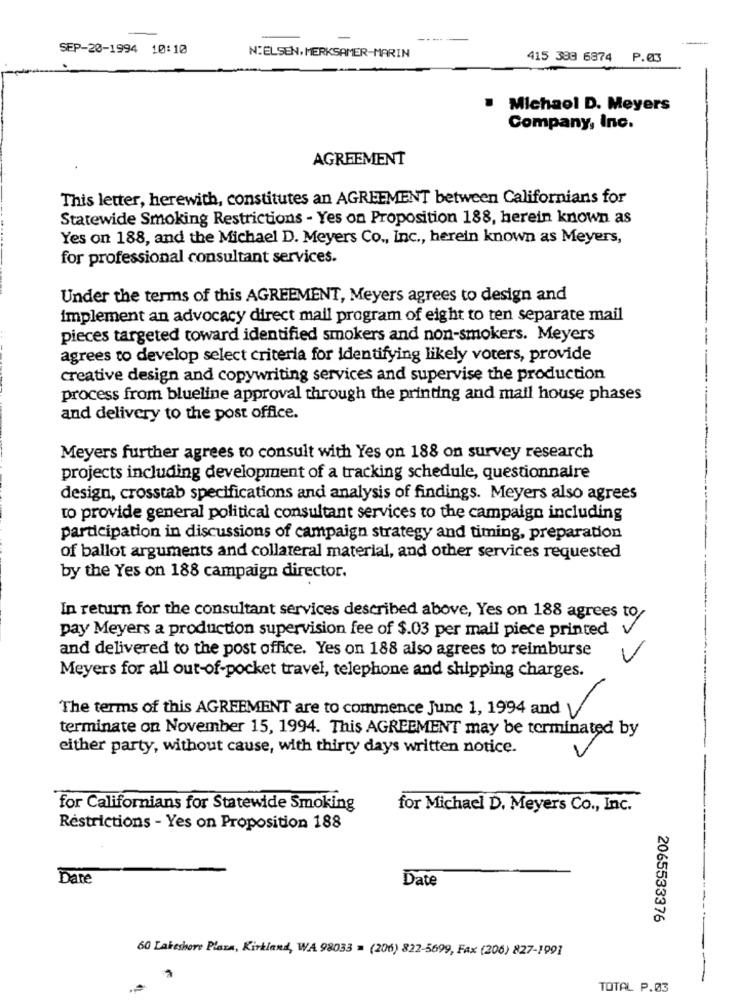
-
SEP-20-1994 10:10
NIELSEN, MERKSAMER-MARIN
415 383 6874 P.03
. Michaol D. Meyers
Company, Inc.
AGREEMENT
This letter, herewith, constitutes an AGREEMENT between Californians for
Statewide Smoking Restrictions - Yes on Proposition 188, herein known as
Yes on 188, and the Michael D. Meyers Co ., Inc ., herein known as Meyers,
for professional consultant services.
Under the terms of this AGREEMENT, Meyers agrees to design and
implement an advocacy direct mail program of eight to ten separate mail
pieces targeted toward identified smokers and non-smokers. Meyers
agrees to develop select criteria for identifying likely voters, provide
creative design and copywriting services and supervise the production
process from blueline approval through the printing and mail house phases
and delivery to the post office.
Meyers further agrees to consult with Yes on 188 on survey research
projects including development of a tracking schedule, questionnaire
design, crosstab specifications and analysis of findings. Meyers also agrees
to provide general political consultant services to the campaign including
participation in discussions of campaign strategy and timing, preparation
of ballot arguments and collateral material, and other services requested
by the Yes on 188 campaign director.
In return for the consultant services described above, Yes on 188 agrees to
pay Meyers a production supervision fee of $.03 per mail piece printed v
and delivered to the post office. Yes on 188 also agrees to reimburse
L
Meyers for all out-of-pocket travel, telephone and shipping charges.
The terms of this AGREEMENT are to commence June 1, 1994 and V
terminate on November 15, 1994. This AGREEMENT may be terminated by
either party, without cause, with thirty days written notice.
for Californians for Statewide Smoking
for Michael D. Meyers Co ., Inc.
Restrictions - Yes on Proposition 188
Dare
Date
2065533376
60 Lakeshore Plaza, Kirkland, WA 98033 = (206) 822-5699, Fax (206) 827-1991
TOTAL P.03